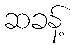
ဆခန့်